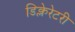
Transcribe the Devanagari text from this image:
डिक्लेरेटरी